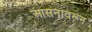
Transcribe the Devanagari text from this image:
आसनावरून